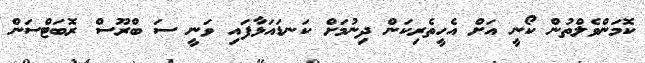
ކޮމަންވެލްތުން ކޯނީ އަށް އެހީތެރިކަން ދިނުމަށް ކަނޑައަޅާފައި ވަނީ ސަ ބްރޫސް ރޮބަޓްސަން